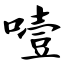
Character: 噎